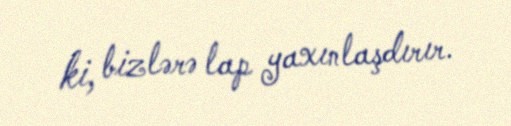
ki, bizlərə lap yaxınlaşdırır.